Sketch of the medical history of the native army of Bombay, for the year
Year: 1872
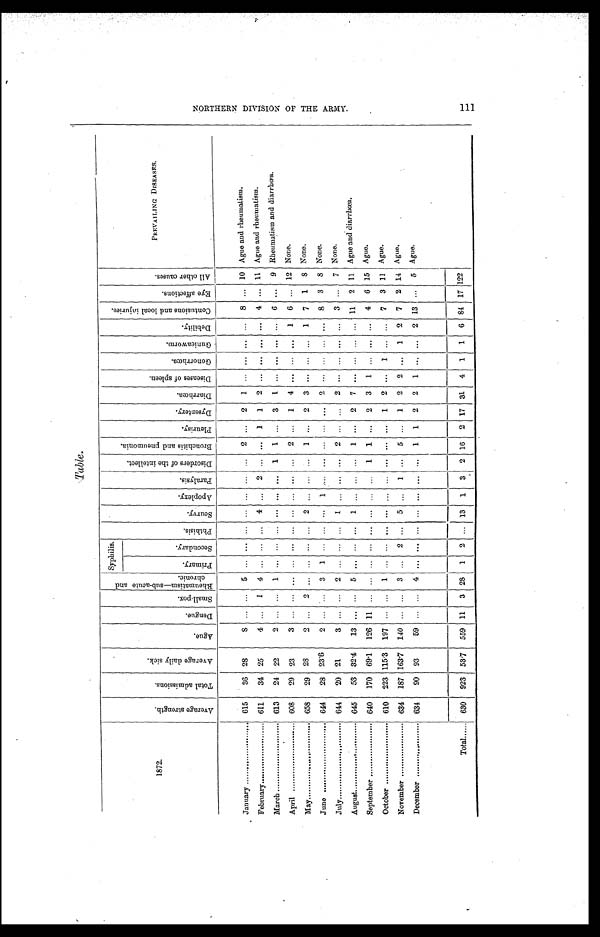
1872.
Av e r a g e s t r e n g t h .
T o t a l a d m i s s i o n s .
A v e r a g e d a i l y s i c k .
A g u e .
D e n g u e .
S m a l l - p o x
R h e u m a t i s m — s u b - a c u t e a n d c h r o n i c .
Syphilis.
P h t h i s i s .
S c u r v y .
A p o p l e x y .
P a r a l y s i s .
D i s o r d e r s o f t h e i n t e l l e c t .
B r o n c h i t i s a n d p n e u m o n i a .
P l e u r i s y .
D y s e n t e r y . D i a r r h œ a .
D i s e a s e s o f s p l e e n .
G o n o r r h œ a .
G u n i e a w o r m .
D e b i l i t y .
C o n t u s i o n s a n d l o c a l i n j u r i e s .
E y e a f f e c t i o n s .
A l l o t h e r c a u s e s .
PREVAILING DISEASES.
P r i m a r y .
S e c o n d a r y .
January
615
36 28
8
. . .
... 5
...
... ... ... ... ... ... 2 ... 2 1
. . .
. . .
. . .
. . . 8 ... 10 Ague and rheumatism.
February
611
34 25
4
. . .
1
4 ... ... ... 4
. . . 2 ...
. . . 1
1
2
. . .
. . .
. . .
. . . 4 ... 11 Ague and rheumatism.
March
613
24 22
2
. . .
. . . 1 ...
. . .
. . . . . .
. . . ...
1
1
. . . 3
1
. . . . . .
. . .
. . . 6 ...
9 Rheumatism and diarrhœa.
April
608
29 23
3 ... ... ... ... ...
. . . ... ... ... ... 2 ... 1 4 ... ... ... 1 6 ... 12 None.
May
658
29 28
2 ... 2 ... ... ... ... 2 ... ... ... 1
. . . 2 3 ... ... ... 1 7 1 8 None.
June
644
28 23.6
2 . . .
. . .
3 1
. . .
. . .
. . .
1
. . .
. . . . . .
. . .
. . .
2
. . . . . . . . .
. . . 8 3 8 None.
July
644
20 21
3
. . .
. . .
2 ...
. . .
. . .
1
. . .
. . .
. . . 2
. . .
. . .
2
. . . . . .
. . .
. . .
3
. . .
7 None.
August
645
53 32.4 13
. . .
. . . 5 ...
. . .
. . .
1
. . . ...
. . . 1
. . . 2 7
. . . . . .
. . .
. . . 11 2 11 Ague and diarrhœa.
September
640 170 69.1 126
1 1
. . . . . . ... ... ... ... ... ... 1 1
. . . 2 3 1
. . .
. . . . . . 4 6 15 Ague.
October
610 223 115.3 197 ... ... 1 ... ... ... ... ... ... ... ... ...
1
2
. . .
1
. . .
. . .
7 3 11 Ague.
November
634 187 163.7 140 ...
. . . 3 ... 2
. . . 5
. . . 1 ... 5 ... 1 2 2
. . . 1 2 7 2 14 Ague.
December
634
90 93
59 ... ... 4 ... ... ... ... ... ... ... 1 1 2 2 1
. . . ... 2 13
. . . 5 Ague.
Total
630 923 53.7 559 11 3 28 1 2 ... 13 1 3 2 16 2 17 31 4 1 1 6 84 17 122
NORTHERN DIVISION OF THE ARMY. 111